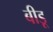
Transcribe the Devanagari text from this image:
बीडू